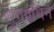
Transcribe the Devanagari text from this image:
शृंगप्रथिन